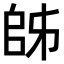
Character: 𫡜